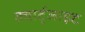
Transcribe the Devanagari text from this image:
क्वार्ट्जाइट